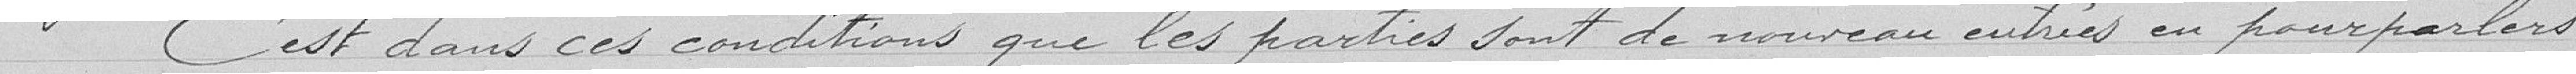
C'est dans ces conditions que les parties sont de nouveau entrées en pourparler